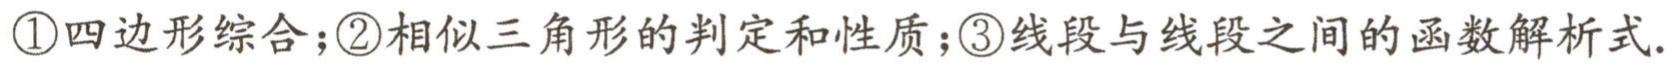
\textcircled{1}四边形综合；\textcircled{2}相似三角形的判定和性质；\textcircled{3}线段与线段之间的函数解析式.